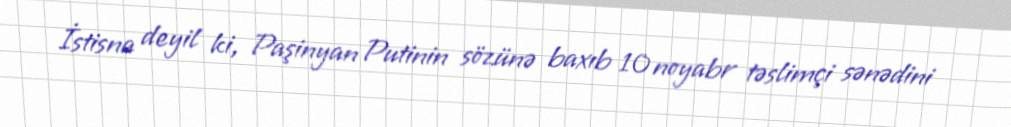
İstisna deyil ki, Paşinyan Putinin sözünə baxıb 10 noyabr təslimçi sənədini